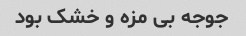
جوجه بی مزه و خشک بود